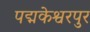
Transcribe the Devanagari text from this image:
पद्मकेश्वरपुर